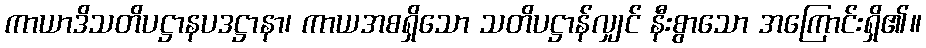
ကာယာဒိသတိပဋ္ဌာနပဒဋ္ဌာနာ၊ ကာယအစရှိသော သတိပဋ္ဌာန်လျှင် နီးစွာသော အကြောင်းရှိ၏။